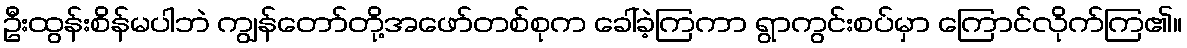
ဦးထွန်းစိန်မပါဘဲ ကျွန်တော်တို့အဖော်တစ်စုက ခေါ်ခဲ့ကြကာ ရွာကွင်းစပ်မှာ ကြောင်လိုက်ကြ၏။